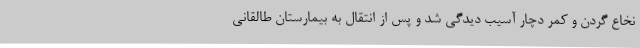
نخاع گردن و کمر دچار آسیب دیدگی شد و پس از انتقال به بیمارستان طالقانی